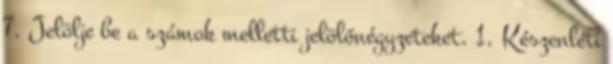
7. Jelölje be a számok melletti jelölőnégyzeteket. 1. Készenléti